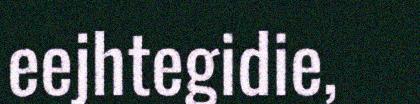
eejhtegidie,